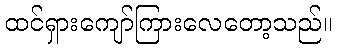
ထင်ရှားကျော်ကြားလေတော့သည်။